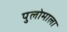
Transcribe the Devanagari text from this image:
पुलोमाला